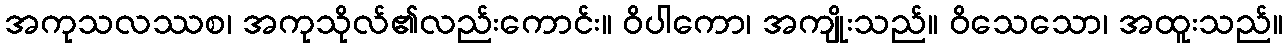
အကုသလဿစ၊ အကုသိုလ်၏လည်းကောင်း။ ဝိပါကော၊ အကျိုးသည်။ ဝိသေသော၊ အထူးသည်။